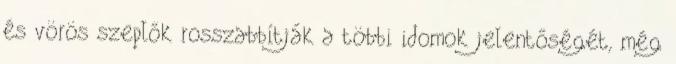
és vörös szeplők rosszabbítják a többi idomok jelentőségét, még